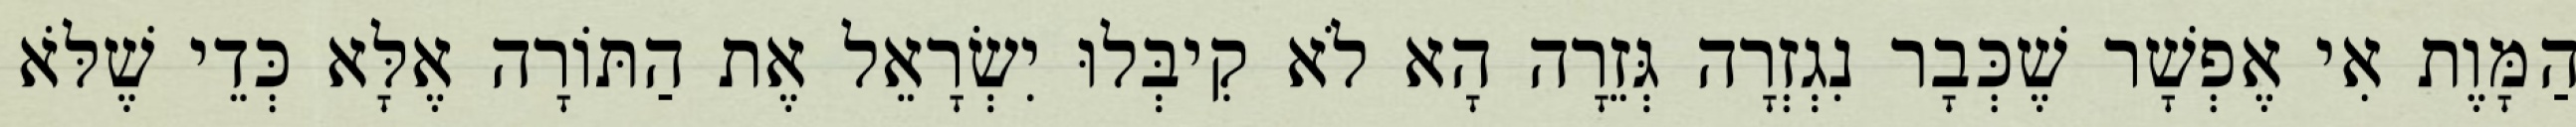
הַמָּוֶת אִי אֶפְשָׁר שֶׁכְּבָר נִגְזְרָה גְּזֵרָה הָא לֹא קִיבְּלוּ יִשְׂרָאֵל אֶת הַתּוֹרָה אֶלָּא כְּדֵי שֶׁלֹּא